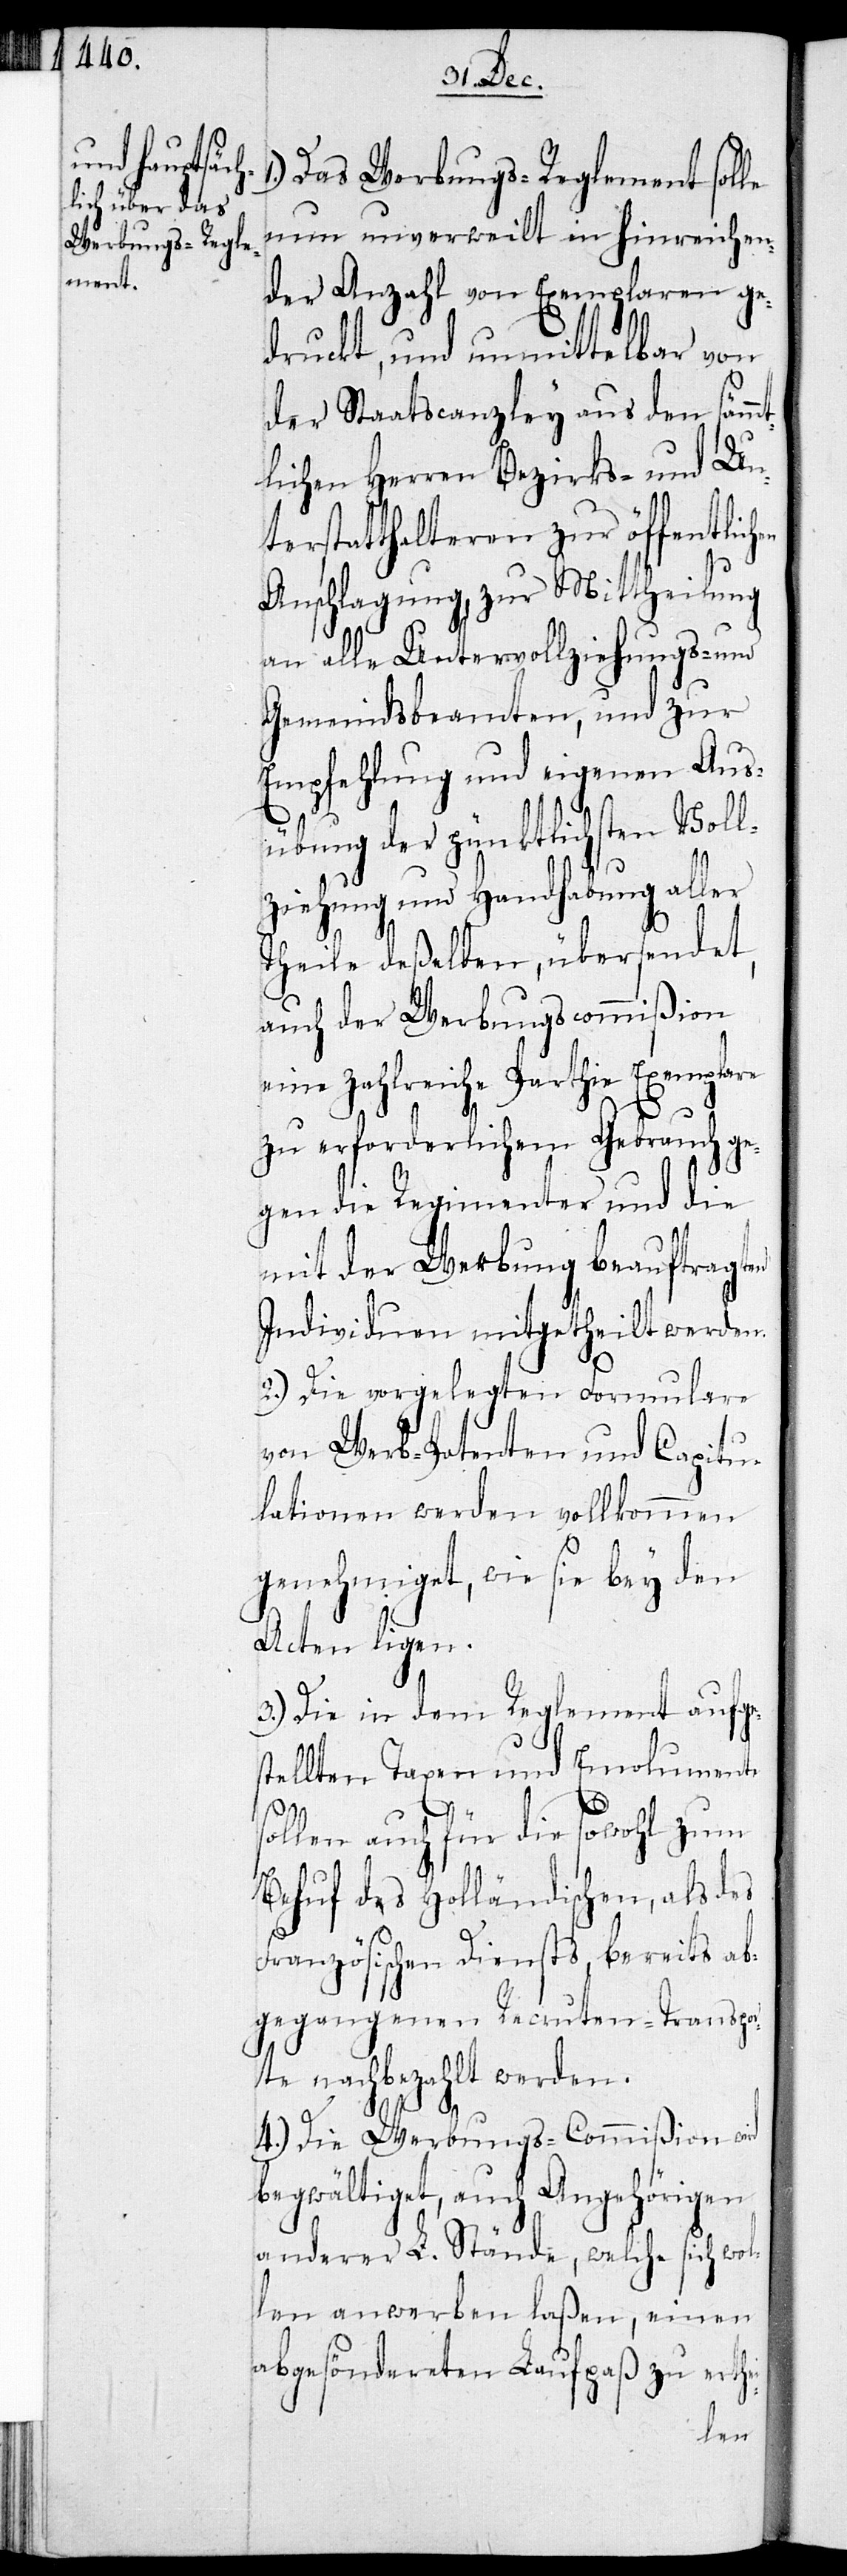
Das Werbungs-Reglement solle
nun unverweilt in hinreichen¬
der Anzahl von Exemplaren ge¬
druckt, und unmittelbar von
der Staatscanzley aus den sämm¬
tlichen Herren Bezirks- und Un¬
terstatthalteren zur Mittheilung
i-
an alle Untervollziehungs- und
Gemeindsbeamten, und zur
Empfehlung und eigenen Aus¬
übung der pünktlichsten Vol¬
lziehung und Handhabung aller
Theile deßelben, übersendet,
auch der Werbungscommißion
eine zahlreiche Parthie Exemplare
zu erforderlichem Gebrauch ge¬
gen die Regimenter und die
mit der Werbung beauftragen
Individuen mitgetheilt werden.
2.) Die vorgelegten Formulare
von Werb-Patenten und Capitu¬
lationen werden vollkommen
genehmiget, wie sie bey den
Acten liegen.
3.) Die in dem Reglement aufge¬
stellten Taxen und Emolumente
sollen auch für die sowohl zum
Behuf des Holländischen, als des
Französischen Diensts, bereits ab¬
gegangenen Recruten-Transpor¬
te nachbezahlt werden.
4.) Die Werbungs-Commißion wird
begwältiget, auch Angehörigen
anderer L. Stände, welch sich wol¬
len anwerben laßen, einen
abgesöndereten Laufpaß zu erthe¬